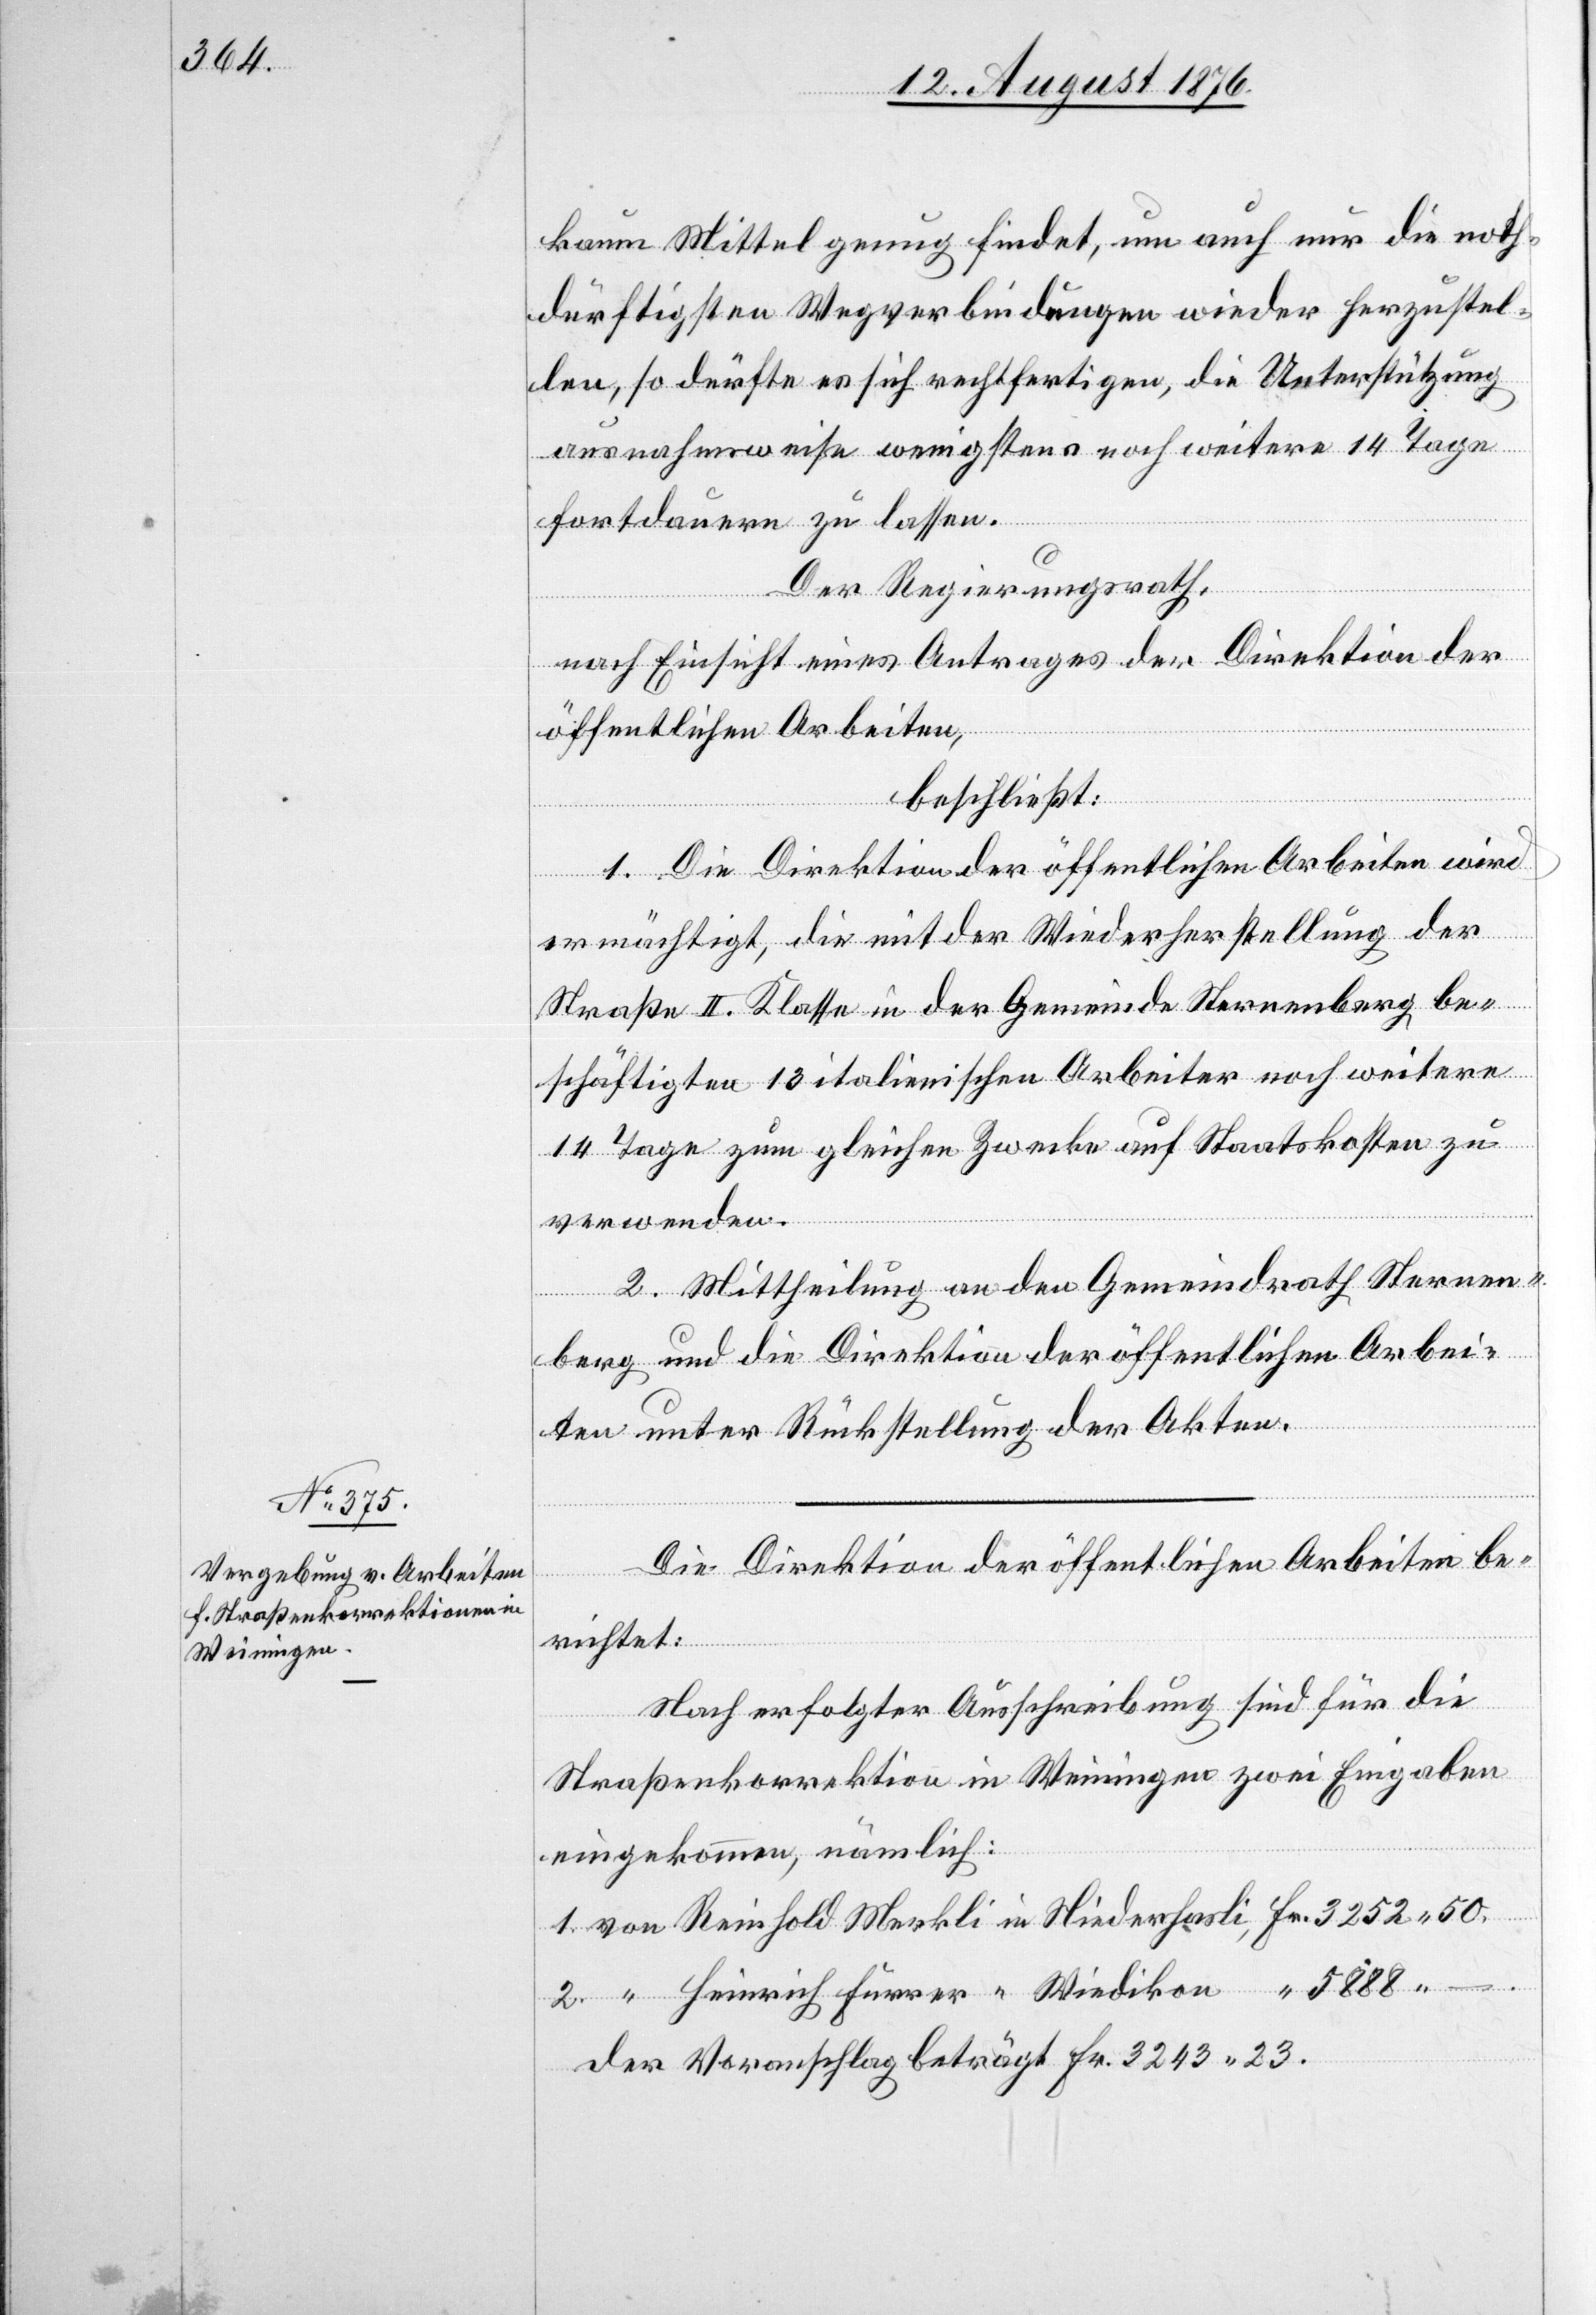
kaum Mittel genug findet, um auch nur die noth¬
dürftigsten Wegverbindungen wieder herzustel¬
len, so dürfte es sich rechtfertigen, die Unterstützung
ausnahmsweise wenigstens noch weitere 14 Tage
Furrer
fortdauern zu lassen.
–.
Der Regierungsrath,
nach Einsicht eines Antrages der Direktion der
öffentlichen Arbeiten,
beschließt:
1. Die Direktion der öffentlichen Arbeiten wird
in
ermächtigt, die mit der Wiederherstellung der
Straße II. Klasse in der Gemeinde Sternenberg be¬
schäftigten 13 italienischen Arbeiter noch weitere
14 Tage zum gleichen Zwecke auf Staatskosten zu
verwenden.
2. Mittheilung an den Gemeindrath Sternen¬
berg und die Direktion der öffentlichen Arbei¬
ten unter Rückstellung der Akten.
Die Direktion der öffentlichen Arbeiten be¬
richtet:
Nach erfolgter Ausschreibung sind für die
Straßenkorrektion in Weiningen zwei Eingaben
eingekommen, nämlich:
der Voranschlag beträgt Fr. 3243 23.